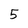
Character: 5